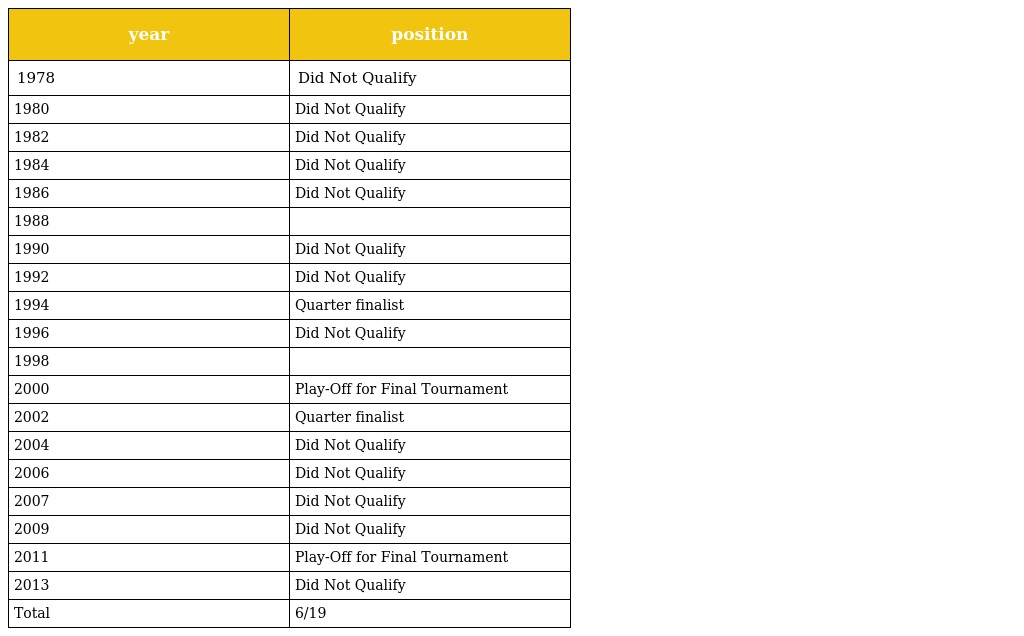
| year | position |
 | --- | --- |
 | 1978 | Did Not Qualify |
 | 1980 | Did Not Qualify |
 | 1982 | Did Not Qualify |
 | 1984 | Did Not Qualify |
 | 1986 | Did Not Qualify |
 | 1988 |  |
 | 1990 | Did Not Qualify |
 | 1992 | Did Not Qualify |
 | 1994 | Quarter finalist |
 | 1996 | Did Not Qualify |
 | 1998 |  |
 | 2000 | Play-Off for Final Tournament |
 | 2002 | Quarter finalist |
 | 2004 | Did Not Qualify |
 | 2006 | Did Not Qualify |
 | 2007 | Did Not Qualify |
 | 2009 | Did Not Qualify |
 | 2011 | Play-Off for Final Tournament |
 | 2013 | Did Not Qualify |
 | Total | 6/19 |